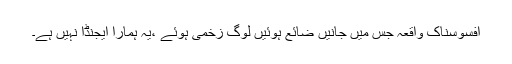
افسوسناک واقعہ جس میں جانیں ضائع ہوئیں لوگ زخمی ہوئے ،یہ ہمارا ایجنڈا نہیں ہے۔